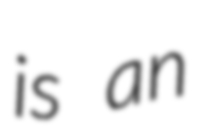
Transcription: is an